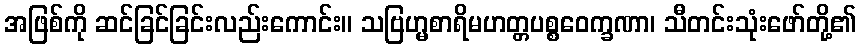
အဖြစ်ကို ဆင်ခြင်ခြင်းလည်းကောင်း။ သဗြဟ္မစာရိမဟတ္တပစ္စဝေက္ခဏာ၊ သီတင်းသုံးဖော်တို့၏